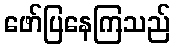
ဖော်ပြနေကြသည်